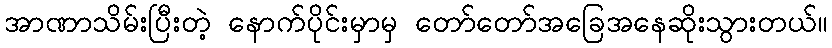
အာဏာသိမ်းပြီးတဲ့ နောက်ပိုင်းမှာမှ တော်တော်အခြေအနေဆိုးသွားတယ်။